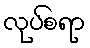
လုပ်စရာ